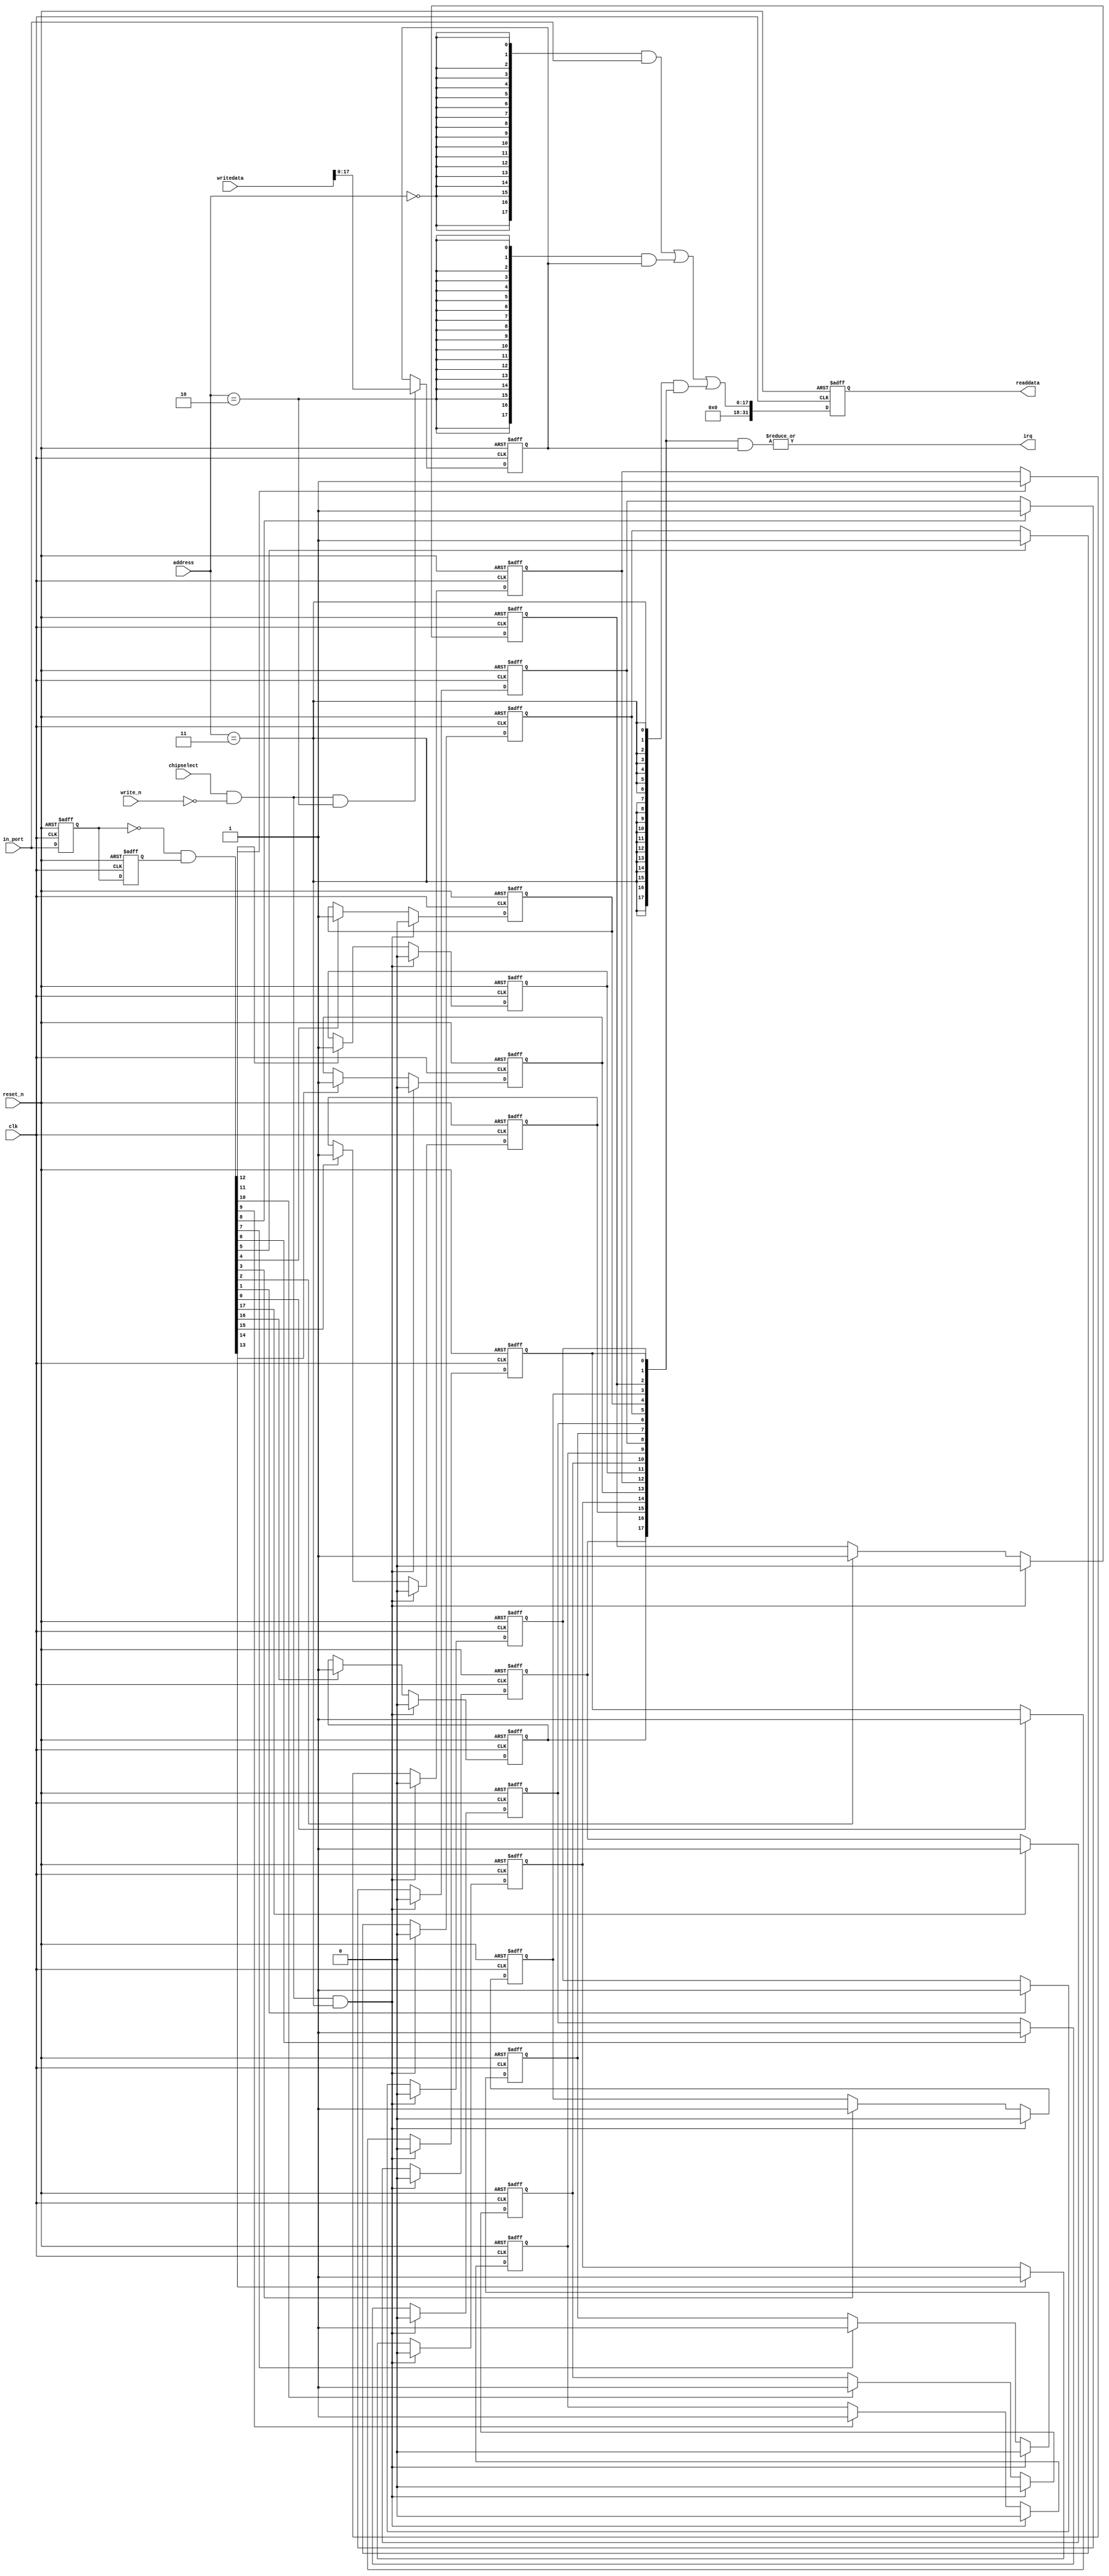
module de2_115_WEB_Qsys_sw (
                             // inputs:
                              address,
                              chipselect,
                              clk,
                              in_port,
                              reset_n,
                              write_n,
                              writedata,

                             // outputs:
                              irq,
                              readdata
                           )
;

  output           irq;
  output  [ 31: 0] readdata;
  input   [  1: 0] address;
  input            chipselect;
  input            clk;
  input   [ 17: 0] in_port;
  input            reset_n;
  input            write_n;
  input   [ 31: 0] writedata;

  wire             clk_en;
  reg     [ 17: 0] d1_data_in;
  reg     [ 17: 0] d2_data_in;
  wire    [ 17: 0] data_in;
  reg     [ 17: 0] edge_capture;
  wire             edge_capture_wr_strobe;
  wire    [ 17: 0] edge_detect;
  wire             irq;
  reg     [ 17: 0] irq_mask;
  wire    [ 17: 0] read_mux_out;
  reg     [ 31: 0] readdata;
  assign clk_en = 1;
  //s1, which is an e_avalon_slave
  assign read_mux_out = ({18 {(address == 0)}} & data_in) |
    ({18 {(address == 2)}} & irq_mask) |
    ({18 {(address == 3)}} & edge_capture);

  always @(posedge clk or negedge reset_n)
    begin
      if (reset_n == 0)
          readdata <= 0;
      else if (clk_en)
          readdata <= {{{32 - 18}{1'b0}},read_mux_out};
    end


  assign data_in = in_port;
  always @(posedge clk or negedge reset_n)
    begin
      if (reset_n == 0)
          irq_mask <= 0;
      else if (chipselect && ~write_n && (address == 2))
          irq_mask <= writedata[17 : 0];
    end


  assign irq = |(edge_capture & irq_mask);
  assign edge_capture_wr_strobe = chipselect && ~write_n && (address == 3);
  always @(posedge clk or negedge reset_n)
    begin
      if (reset_n == 0)
          edge_capture[0] <= 0;
      else if (clk_en)
          if (edge_capture_wr_strobe)
              edge_capture[0] <= 0;
          else if (edge_detect[0])
              edge_capture[0] <= -1;
    end


  always @(posedge clk or negedge reset_n)
    begin
      if (reset_n == 0)
          edge_capture[1] <= 0;
      else if (clk_en)
          if (edge_capture_wr_strobe)
              edge_capture[1] <= 0;
          else if (edge_detect[1])
              edge_capture[1] <= -1;
    end


  always @(posedge clk or negedge reset_n)
    begin
      if (reset_n == 0)
          edge_capture[2] <= 0;
      else if (clk_en)
          if (edge_capture_wr_strobe)
              edge_capture[2] <= 0;
          else if (edge_detect[2])
              edge_capture[2] <= -1;
    end


  always @(posedge clk or negedge reset_n)
    begin
      if (reset_n == 0)
          edge_capture[3] <= 0;
      else if (clk_en)
          if (edge_capture_wr_strobe)
              edge_capture[3] <= 0;
          else if (edge_detect[3])
              edge_capture[3] <= -1;
    end


  always @(posedge clk or negedge reset_n)
    begin
      if (reset_n == 0)
          edge_capture[4] <= 0;
      else if (clk_en)
          if (edge_capture_wr_strobe)
              edge_capture[4] <= 0;
          else if (edge_detect[4])
              edge_capture[4] <= -1;
    end


  always @(posedge clk or negedge reset_n)
    begin
      if (reset_n == 0)
          edge_capture[5] <= 0;
      else if (clk_en)
          if (edge_capture_wr_strobe)
              edge_capture[5] <= 0;
          else if (edge_detect[5])
              edge_capture[5] <= -1;
    end


  always @(posedge clk or negedge reset_n)
    begin
      if (reset_n == 0)
          edge_capture[6] <= 0;
      else if (clk_en)
          if (edge_capture_wr_strobe)
              edge_capture[6] <= 0;
          else if (edge_detect[6])
              edge_capture[6] <= -1;
    end


  always @(posedge clk or negedge reset_n)
    begin
      if (reset_n == 0)
          edge_capture[7] <= 0;
      else if (clk_en)
          if (edge_capture_wr_strobe)
              edge_capture[7] <= 0;
          else if (edge_detect[7])
              edge_capture[7] <= -1;
    end


  always @(posedge clk or negedge reset_n)
    begin
      if (reset_n == 0)
          edge_capture[8] <= 0;
      else if (clk_en)
          if (edge_capture_wr_strobe)
              edge_capture[8] <= 0;
          else if (edge_detect[8])
              edge_capture[8] <= -1;
    end


  always @(posedge clk or negedge reset_n)
    begin
      if (reset_n == 0)
          edge_capture[9] <= 0;
      else if (clk_en)
          if (edge_capture_wr_strobe)
              edge_capture[9] <= 0;
          else if (edge_detect[9])
              edge_capture[9] <= -1;
    end


  always @(posedge clk or negedge reset_n)
    begin
      if (reset_n == 0)
          edge_capture[10] <= 0;
      else if (clk_en)
          if (edge_capture_wr_strobe)
              edge_capture[10] <= 0;
          else if (edge_detect[10])
              edge_capture[10] <= -1;
    end


  always @(posedge clk or negedge reset_n)
    begin
      if (reset_n == 0)
          edge_capture[11] <= 0;
      else if (clk_en)
          if (edge_capture_wr_strobe)
              edge_capture[11] <= 0;
          else if (edge_detect[11])
              edge_capture[11] <= -1;
    end


  always @(posedge clk or negedge reset_n)
    begin
      if (reset_n == 0)
          edge_capture[12] <= 0;
      else if (clk_en)
          if (edge_capture_wr_strobe)
              edge_capture[12] <= 0;
          else if (edge_detect[12])
              edge_capture[12] <= -1;
    end


  always @(posedge clk or negedge reset_n)
    begin
      if (reset_n == 0)
          edge_capture[13] <= 0;
      else if (clk_en)
          if (edge_capture_wr_strobe)
              edge_capture[13] <= 0;
          else if (edge_detect[13])
              edge_capture[13] <= -1;
    end


  always @(posedge clk or negedge reset_n)
    begin
      if (reset_n == 0)
          edge_capture[14] <= 0;
      else if (clk_en)
          if (edge_capture_wr_strobe)
              edge_capture[14] <= 0;
          else if (edge_detect[14])
              edge_capture[14] <= -1;
    end


  always @(posedge clk or negedge reset_n)
    begin
      if (reset_n == 0)
          edge_capture[15] <= 0;
      else if (clk_en)
          if (edge_capture_wr_strobe)
              edge_capture[15] <= 0;
          else if (edge_detect[15])
              edge_capture[15] <= -1;
    end


  always @(posedge clk or negedge reset_n)
    begin
      if (reset_n == 0)
          edge_capture[16] <= 0;
      else if (clk_en)
          if (edge_capture_wr_strobe)
              edge_capture[16] <= 0;
          else if (edge_detect[16])
              edge_capture[16] <= -1;
    end


  always @(posedge clk or negedge reset_n)
    begin
      if (reset_n == 0)
          edge_capture[17] <= 0;
      else if (clk_en)
          if (edge_capture_wr_strobe)
              edge_capture[17] <= 0;
          else if (edge_detect[17])
              edge_capture[17] <= -1;
    end


  always @(posedge clk or negedge reset_n)
    begin
      if (reset_n == 0)
        begin
          d1_data_in <= 0;
          d2_data_in <= 0;
        end
      else if (clk_en)
        begin
          d1_data_in <= data_in;
          d2_data_in <= d1_data_in;
        end
    end


  assign edge_detect = ~d1_data_in & d2_data_in;

endmodule